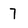
Character: 7